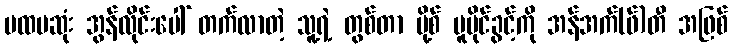
ပထမဆုံး အွန်လိုင်းပေါ် တက်လာတဲ့ သူ့ရဲ့ တွစ်တာ ပို့စ် မူပိုင်ခွင့်ကို အန်အက်(ဖ်)တီ အဖြစ်